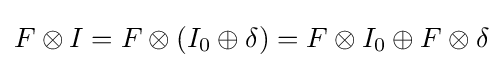
F\otimes I=F\otimes (I_{0}\oplus \delta )=F\otimes I_{0}\oplus F\otimes \delta